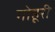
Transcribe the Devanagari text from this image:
गोहूरी